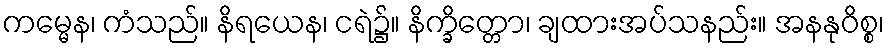
ကမ္မေန၊ ကံသည်။ နိရယေန၊ ငရဲ၌။ နိက္ခိတ္တော၊ ချထားအပ်သနည်း။ အနနုဝိစ္စ၊